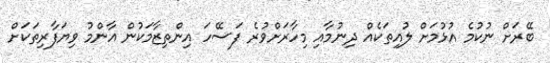
ބޭރަށް ނުކުމެ އުޅުމަށް ލުއިތަކެއް ދިނުމާއި މިހާރަށްވުރެ ފަސޭހަ އިންތިޒާމަކުން އާންމު ވިޔަފާރިތަކަށް